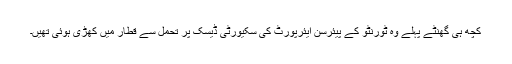
کچھ ہی گھنٹے پہلے وہ ٹورنٹو کے پیئرسن ایئرپورٹ کی سکیورٹی ڈیسک پر تحمل سے قطار میں کھڑی ہوئی تھیں۔